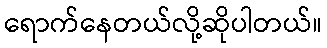
ရောက်နေတယ်လို့ဆိုပါတယ်။